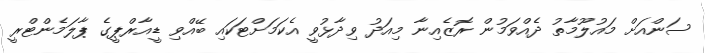
ސަންއަށް މައުލޫމާތު ދެއްވަމުން ރޮޒެއިނާ މިއަދު ވިދާޅުވީ އެކަމަށްޓަކައި ބޭއްވި ޑީއާރްޕީގެ ޕާލަމެންޓްރީ